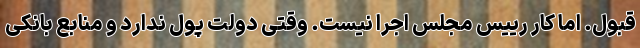
قبول. اما کار رییس مجلس اجرا نیست. وقتی دولت پول ندارد و منابع بانکی